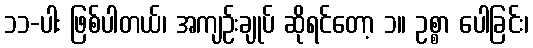
၁၁-ပါး ဖြစ်ပါတယ်၊ အကျဉ်းချုပ် ဆိုရင်တော့ ၁။ ဥစ္စာ ပေါခြင်း၊